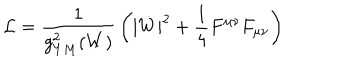
LaTeX: { \cal L } = { \frac { 1 } { g _ { Y M } ^ { 2 } ( W ) } } \left( | \dot { W } | ^ { 2 } + { \frac { 1 } { 4 } } F ^ { \mu \nu } F _ { \mu \nu } \right)